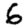
Digit: 6